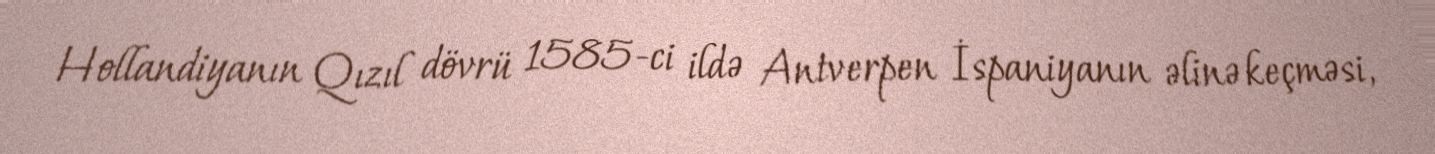
Hollandiyanın Qızıl dövrü 1585-ci ildə Antverpen İspaniyanın əlinə keçməsi,